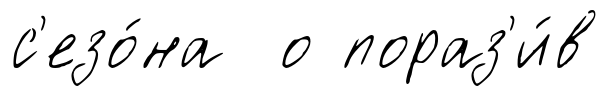
с'езо́на о пораз'и́в